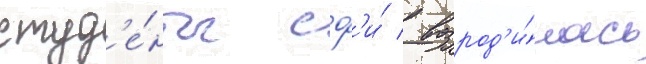
студ'е́нты сф'и́ / возрод'и́лась